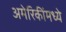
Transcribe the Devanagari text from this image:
अमेरिकींमध्ये